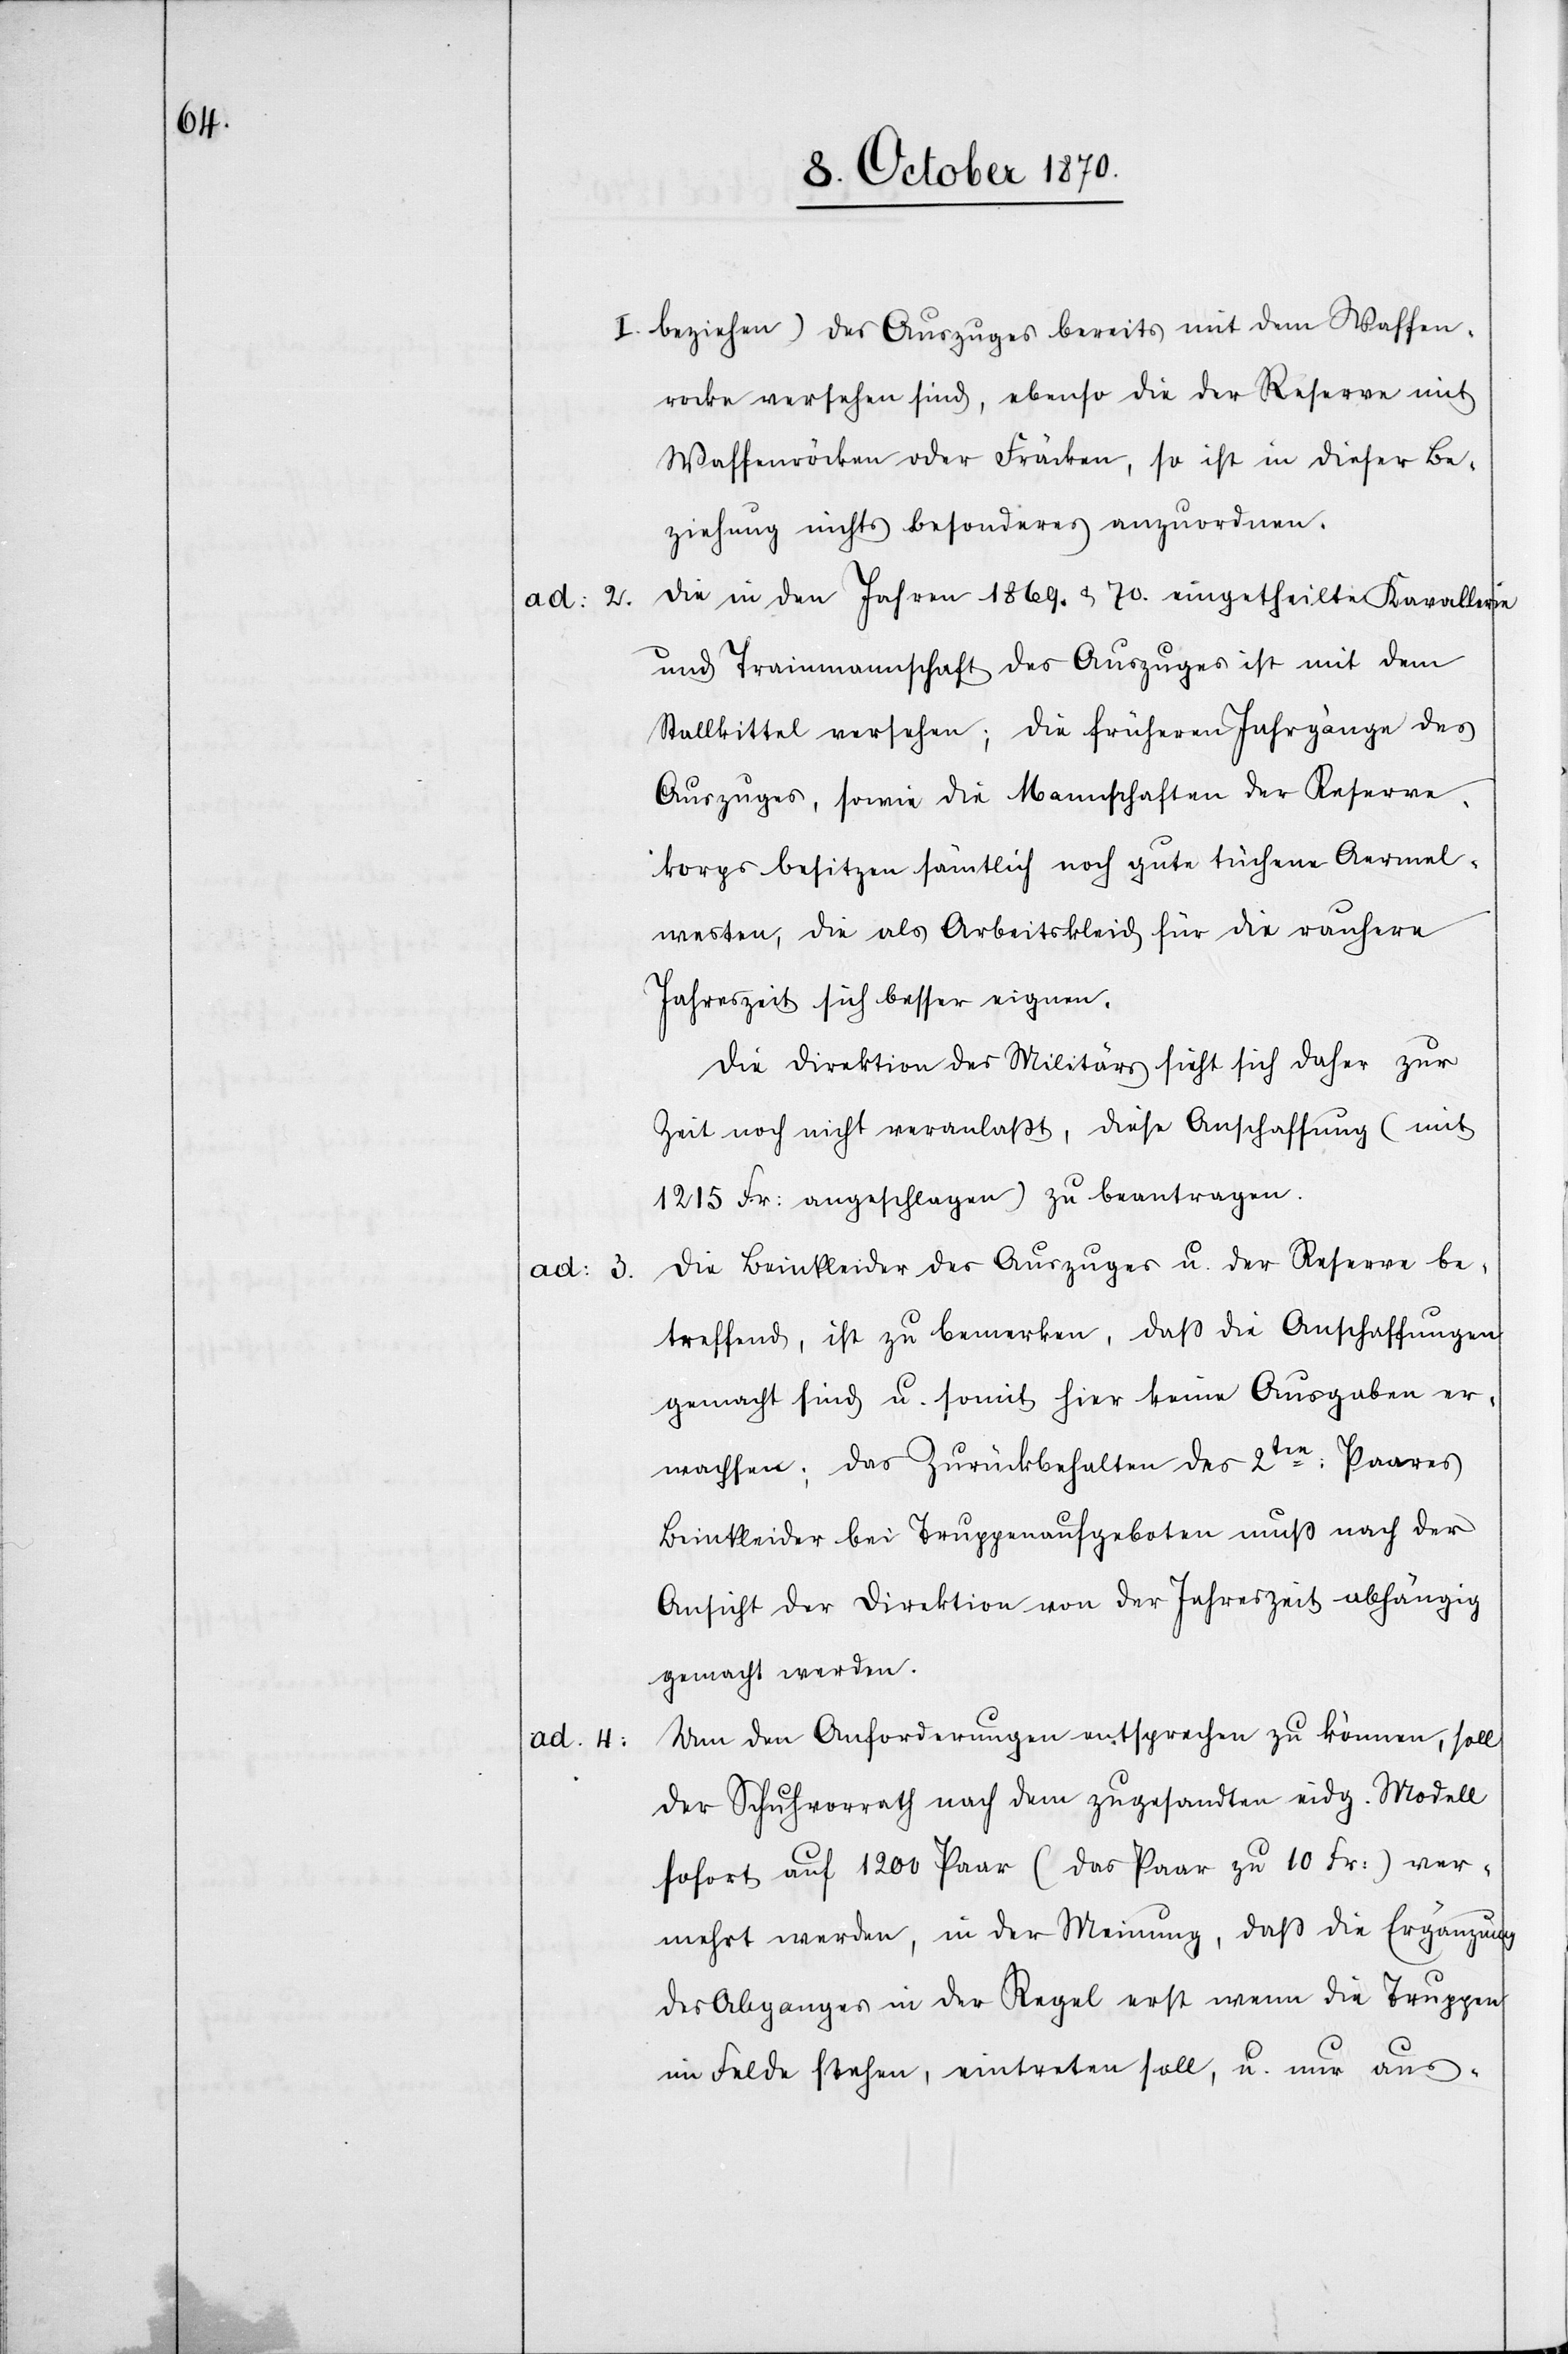
ad: 4.

ad: 2.

3.

I beziehen) des Auszuges bereits mit dem Waffen¬
rocke versehen sind, ebenso die Reserve mit
Waffenröcken oder Fräcken, so ist in dieser Be¬
ziehung nichts besonderes anzuordnen.
Die in den Jahren 1869. & 70 eingetheilte Kavallerie
und Trainmannschaft des Auszuges ist mit dem
Stallkittel versehen; die früheren Jahrgänge des
Auszuges, sowie die Mannschaften der Reserve¬
korps besitzen sämtlich noch gute tuchene Aermel¬
westen, die als Arbeitskleid für die rauhere
Jahreszeit sich besser eignen.
Die Direktion des Militärs sieht sich daher zur
Zeit noch nicht veranlaßt, diese Anschaffung (mit
1215 Fr: angeschlagen) zu beantragen.
Die Beinkleider des Auszuges u. der Reserve be¬
treffend, ist zu bemerken, daß die Anschaffungen
gemacht sind u. somit hier keine Ausgaben er¬
wachsen: das Zurückbehalten des 2ten: Paares
Beinkleider bei Truppenaufgeboten muß nach der
Ansicht der Direktion von der Jahreszeit abhängig
gemacht werden.
Um den Anforderungen entsprechen zu können, soll
der Schuhvorrath nach dem zugesandten eidg. Modell
sofort auf 1200 Paar (das Paar zu 10 Fr:) ver¬
mehrt werden, in der Meinung, daß die Ergänzung
des Abganges in der Regel erst wenn die Truppen
im Felde stehen, eintreten soll, u. nur aus-